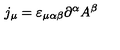
j _ { \mu } = \varepsilon _ { \mu \alpha \beta } \partial ^ { \alpha } A ^ { \beta }